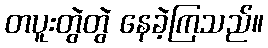
တပူးတွဲတွဲ နေခဲ့ကြသည်။